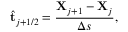
\hat { \bf { t } } _ { j + 1 / 2 } = \frac { { \bf { X } } _ { j + 1 } - { \bf { X } } _ { j } } { \Delta s } ,